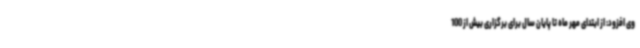
وی افزود: از ابتدای مهر ماه تا پایان سال برای برگزاری بیش از 100